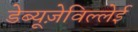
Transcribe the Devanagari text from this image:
डेब्यूज़ेविल्लेई